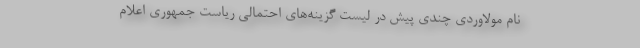
نام مولاوردی چندی پیش در لیست گزینه‌های احتمالی ریاست جمهوری اعلام